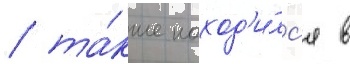
/ та́кже наход'и́лс'я в